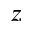
z